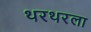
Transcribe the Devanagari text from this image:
थरथरला